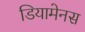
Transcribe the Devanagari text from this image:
डियामेनस